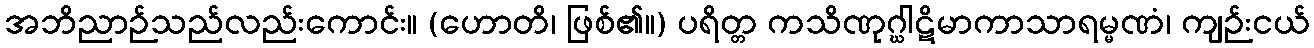
အဘိညာဉ်သည်လည်းကောင်း။ (ဟောတိ၊ ဖြစ်၏။) ပရိတ္တ ကသိဏုဂ္ဃါဋိမာကာသာရမ္မဏံ၊ ကျဉ်းငယ်